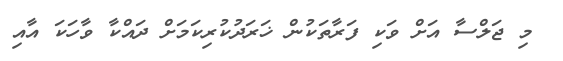
މި ޖަލްސާ އަށް ވަކި ފަރާތަކުން ޚަރަދުކުރިކަމަށް ދައްކާ ވާހަކަ އާއި